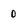
Character: 0